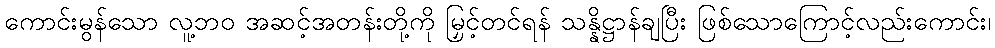
ကောင်းမွန်သော လူ့ဘဝ အဆင့်အတန်းတို့ကို မြှင့်တင်ရန် သန္နိဋ္ဌာန်ချပြီး ဖြစ်သောကြောင့်လည်းကောင်း၊